Medical and sanitary report of the native army of Madras for the year
Year: 1876
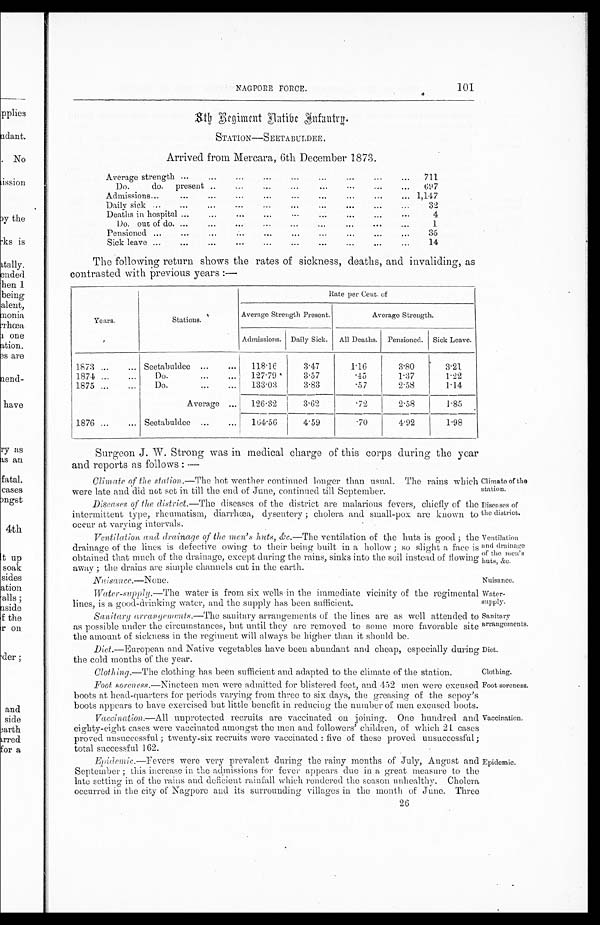
NAGPORE FORCE.
101
8 T H B E G I M E N T N A T I V E I N F A N T R Y .
S T A T I O N — S E E T A B U L D E E .
Arrived from Mercara, 6th December 1873.
Average strength
711
Do.
do.
present
697
Admissions
1,147
Daily sick
32
Deaths in hospital
4
Do. out of do.
1
Pensioned
35
Sick leave
14
The following return shows the rates of sickness, deaths, and invaliding, as
contrasted with previous years:—
Years.
Stations.
Rate per Cent. of
Average Strength Present.
Average Strength.
Admissions.
Daily Sick.
All Deaths.
Pensioned.
Sick Leave.
1873
Seetabuldee
118 . 16
3·47
1·16
3·80
3·21
1874
Do.
127·79
3·57
·45
1·37
1·22
1875
Do.
133·03
3·83
·57
2·58
1·14
Average
126·32
3·62
·72
2·58
1·85
1876
Seetabuldee
164 . 56
4·59
4·92
1·98
Surgeon J. W. Strong was in medical charge of this corps during the year
and reports as follows :—
Climate of the station.— The hot weather continned longer than usual. The rains which
were late and did not set in till the end of June, continued till September.
Diseases of the district .—The diseases of the district are malarious fevers, chiefly of the
intermittent type, rheumatism, diarrhæa, dysentery ; cholera and small-pox are known to
occur at varying intervals.
Ventilation and drainage of the men's huts, &c.—The ventilation of the huts is good ; the
drainage of the lines is defective owing to their being built in a hollow ; so slight a face is
obtained that much of the drainage, except during the rains, sinks into the soil instead of flowing
away ; the drains are simple channels cut in the earth.
Nuisance.— None.
Water-supply .—The water is from six wells in the immediate vicinity of the regimental
lines, is a good-drinking water, and the supply has been sufficient.
Sanitary arrangements.— The sanitary arrangements of the lines are as well attended to
as possible under the circumstances, but until they are removed to some more favorable site
the amount of sickness in the regiment will always be higher than it should be.
Diet .—European and Native vegetables have been abundant and cheap, especially during
the cold months of the year.
Clothing.—The clothing has been sufficient and adapted to the climate of the station.
Foot soreness. —Nineteen men were admitted for blistered feet, and 452 men were excused
boots at head-quarters for periods varying from three to six days, the greasing of the sepoy's
boots appears to have exercised but little benefit in reducing the number of men excused boots.
Vaccination.—All unprotected recruits are vaccinated on joining. One hundred and
eighty-eight cases were vaccinated amongst the men and followers' children, of which 21 cases
proved unsuccessful ; twenty-six recruits were vaccinated : five of these proved unsuccessful;
total successful 162.
Epidemic .—Fevers were very prevalent during the rainy months of July, August and
September ; this increa s e in the admissions for fever appears due in a great measure to the
late setting in of the rains and. deficient rainfall which rendered the season unhealthy. Cholera
occurred in the city of Nagpore and its surrounding villages in the month of June. Three
26
Climate of th
e station.
Diseases of
time district.
Ventilation
and drainage
of the men's
huts, &c.
Nuisance.
Water-
supply.
Sanitar
y arrangements.
Diet.
Clothing.
Foot soreness.
Vaccination.
Epidemic.